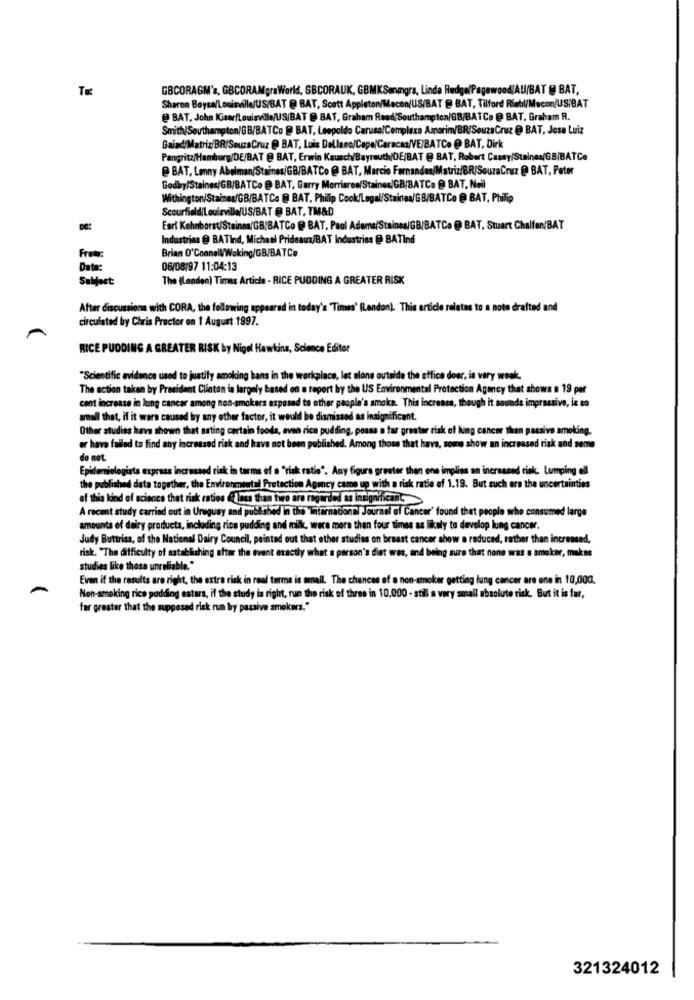
GBCORAGM's, GBCORAMgraWorld, GBCORAUK, GBMKSangra, Linda Redge/Pagewood/AU/BAT @ BAT,
Sharon Boysa/Louisville/US/BAT @ BAT, Scott Appleton/Mecen/US/BAT @ BAT, Tilford Riehl/Macon/US/BAT
@ BAT, John KisarfLouisville/US/BAT @ BAT, Graham Read'Southampton/GB/BATCa @ BAT, Graham R.
Smith/Southampton/GB/BATCo @ BAT, Leopoldo Caruso/Complexo Amorim/BR/SouzaCruz @ BAT, Jose Luiz
BaiadiMatriz/ BR/SouzaCruz @ BAT, Luis Dellano/Cape/Caracas/VE/BATC. @ BAT, Dirk
Pangritz/Hamburg/DE/BAT @ BAT, Erwin Kausch/Bayreuth/DE/BAT @ BAT, Robert Cassy/Staines/GB/BATCe
@ BAT, Lonny Abolman(Stainss/GB/BATCo @ BAT, Marcio Fernandes/Matriz/BR/SouzaCruz @ BAT, Peter
Godby/Staines/GB/BATCo @ BAT, Garry Morriaren/Stainer/GB/BATC. @ BAT, Nell
Withington/Staines/GB/BATCo @ BAT, Philip Cook/Legal/Staines/GB/BATCo @ BAT, Philip
ScourfieldiLouisville/US/BAT @ BAT, TM&D
Earl Kehnborst/Staines/GB,BATCo @ BAT, Paul Adams/Staines/GB/BATC. @ BAT, Stuart Chalfen/BAT
Industrias @ BATind, Michael Prideaux/BAT Industries @ BATInd
Brian O'Connell/Woking/GB/BATCe
Date:
06/08/97 11:04:13
Subject:
The (London) Times Article - RICE PUDDING A GREATER RISK
After discussions with CORA, the following appeared in today's "Times' (London). This article relates to a note drafted and
circulated by Chris Proctor on 1 August 1997.
RICE PUDDING A GREATER RISK by Nigol Hawkins, Science Editor
"Scientific evidence used to justify smoking hans in the workplace, let alone outside the office doar, is very weak.
The action taken by President Clinton is largely based on a report by the US Environmental Protection Agency that shows a 19 per
cent increase in lung cancer among non-smokers exposed to other people's smoke. This increase, though it sounds impressive, is so
arnall that, if it wars caused by any other factor, it would be dismissed as insignificant.
Other studies have shown that sating certain foods, even rice pudding, posas a far greater risk of king cancer than passivo smoking.
er have failed to find any increased risk and have not been published. Among those that have, some show an increased risk and seme
do not.
Epidemiologista express increased risk in terms of a "risk ratio". Any figura greeter then one implies an increased risk. Lumping all
the published data together, the Environmental Protection Agency came up with a risk ratio of 1.19. But such are the uncertainties
of this kind of science that risk raties (less than two are regarded as insignific
A recent study carried out in Uruguay and published in the International Journal of Cancer' found that people who consumed large
amounts of dairy products, including rice pudding and milk, were more than four times as likely to develop lung cancer.
Judy Buttriss, of the National Dairy Council, pointed out that other studies on breast cancer show o reduced, rather than increased,
risk. "The difficulty of satablishing after the event exactly what a person's diet was, and being sure that none was a smoker, makas
studies like those unreliable."
Even if the results are right, the extra risk in real turma is email. The chances of a non-smoker getting lung cancer are one in 10,000.
Non-smoking rice pudding estars, if the study is right, run the risk of three in 10.000 - still a very small absolute risk. But it is far,
far greater that the supposed risk run by passive smokers."
321324012